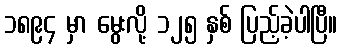
၁၈၉၄ မှာ မွေးလို့ ၁၂၅ နှစ် ပြည့်ခဲ့ပါပြီ။